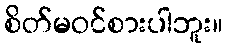
စိတ်မဝင်စားပါဘူး။